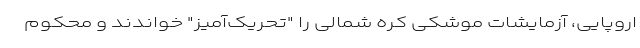
اروپایی، آزمایشات موشکی کره شمالی را "تحریک‌آمیز" خواندند و محکوم